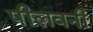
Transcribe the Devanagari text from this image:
पीलवनी